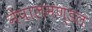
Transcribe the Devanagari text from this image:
नेपालमण्डल